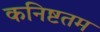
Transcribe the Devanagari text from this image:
कनिष्टतम